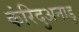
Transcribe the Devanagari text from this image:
कंरिदुअनाडु